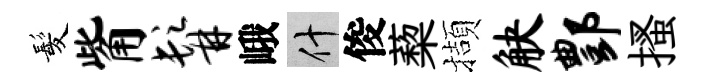
髪觜髯峨什俊蔾擷觖酆搔